Report of the Indian Hemp Drugs Commission, 1894-1895 - Volume VI
Year: 1894
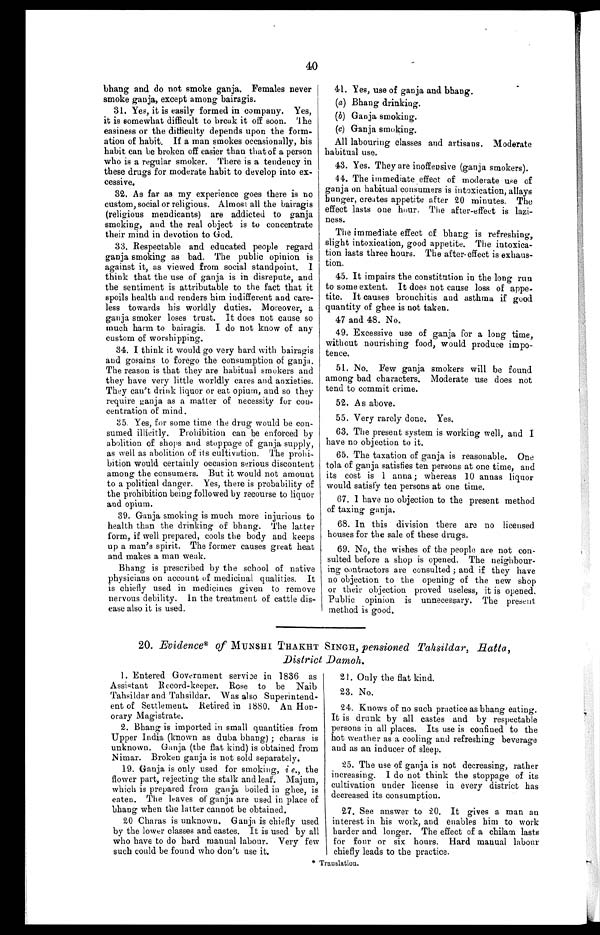
40
bhang and do not smoke ganja. Females never
smoke ganja, except among bairagis.
31. Yes, it is easily formed in company. Yes,
it is somewhat difficult to break it off soon. The
easiness or the difficulty depends upon the form
- a t i o n o f h a b i t . I f a m a n s m o k e s o c c a s i o n a l l y , h i s
habit can be broken off easier than that of a person
who is a regular smoker. There is a tendency in
these drugs for moderate habit to develop into ex
- c e s s i v e .
32. As far as my experience goes there is no
custom, social or religious. Almost all the bairagis
(religious mendicants) are addicted to ganja
smoking, and the real object is to concentrate
their mind in devotion to God.
33. Respectable and educated people regard
ganja smoking as bad. The public opinion is
against it, as viewed from social standpoint. I
think that the use of ganja is in disrepute, and
the sentiment is attributable to the fact that it
spoils health and renders him indifferent and care
-less towards his worldly duties. Moreover, a
ganja smoker loses trust. It does not cause so
much harm to bairagis.I do not know of any
custom of worshipping.
34. I think it would go very hard with bairagis
and gosains to forego the consumption of ganja.
The reason is that they are habitual smokers and
they have very little worldly cares and anxieties.
They can't drink liquor or eat opium, and so they
require ganja as a matter of necessity for con
-centration of mind.
35. Yes, for some time the drug would be con
- s u m e d i l l i c i t l y . P r o h i b i t i o n c a n b e e n f o r c e d b y
abolition of shops and stoppage of ganja supply,
as well as abolition of its cultivation. The prohi
- b i t i o n w o u l d c e r t a i n l y o c c a s i o n s e r i o u s d i s c o n t e n t
among the consumers. But it would not amount
to a political danger. Yes, there is probability of
the prohibition being followed by recourse to liquor
and opium.
39. Ganja smoking is much more injurious to
health than the drinking of bhang. The latter
form, if well prepared, cools the body and keeps
up a man's spirit. The former causes great heat
and makes a man weak.
Bhang is prescribed by the school of native
physicians on account of medicinal qualities. It
is chiefly used in medicines given to remove
nervous debility. In the treatment of cattle dis
-ease also it is used.
41. Yes, use of ganja and bhang.
(a) Bhang drinking.
(b) Ganja smoking.
(c) Ganja smoking.
All labouring classes and artisans. Moderate
habitual use.
43. Yes. They are inoffensive (ganja smokers).
44. The immediate effect of moderate use of
ganja on habitual consumers is intoxication, allays
hunger, creates appetite after 20 minutes. The
effect lasts one hour. The after-effect is lazi
- n e s s .
The immediate effect of bhang is refreshing,
slight intoxication, good appetite. The intoxica
-tion lasts three hours. The after-effect is exhaus
- t i o n .
45. It impairs the constitution in the long run
to some extent. It does not cause loss of appe
- t i t e . I t c a u s e s b r o n c h i t i s a n d a s t h m a i f g o o d
quantity of ghee is not taken.
47 and 48. No.
49. Excessive use of ganja for a long time,
without nourishing food, would produce impo
- t e n c e .
51. No. Few ganja smokers will be found
among bad characters. Moderate use does not
tend to commit crime.
52. As above.
55. Very rarely done. Yes.
63. The present system is working well, and I
have no objection to it.
65. The taxation of ganja is reasonable. One
tola of ganja satisfies ten persons at one time, and
its cost is 1 anna ; whereas 10 annas liquor
would satisfy ten persons at one time.
67. I have no objection to the present method
of taxing ganja.
68. In this division there are no licensed
houses for the sale of these drugs.
69. No, the wishes of the people are not con
-sulted before a shop is opened. The neighbour
- i n g c o n t r a c t o r s a r e c o n s u l t e d ; a n d i f t h e y h a v e
no objection to the opening of the new shop
or their objection proved useless, it is opened.
Public opinion is unnecessary. The present
method is good.
20. Evidence* of MUNSHI THAKHT SINGH, pensioned Tahsildar, Bata,
District Damoh.
I. Entered Government service in 1836 as
Assistant Record-keeper. Rose to be Naib
Tahsildar and Tahsildar. Was also Superintend
-ent of Settlement. Retired in 1880. An Hon
- o r a r y M a g i s t r a t e .
2. Bhang is imported in small quantities from
Upper India (known as duba bhang);charas is
unknown. Ganja (the flat kind) is obtained from
Nimar. Broken ganja is not sold separately.
19. Ganja is only used for smoking, i e., the
flower part, rejecting the stalk and leaf. Majum,
which is prepared from ganja boiled in ghee, is
eaten. The leaves of ganja are used in place of
bhang when the latter cannot be obtained.
20 Charas is unknown. Ganja is chiefly used
by the lower classes and castes. It is used by all
who have to do hard manual labour. Very few
such could be found who don't use it.
21. Only the fiat kind.
23. No.
24. Knows of no such practice as bhang eating.
It is drunk by all castes and by respectable
persons in all places. Its use is confined to the
hot weather as a cooling and refreshing beverage
and as an inducer of sleep.
25. The use of ganja is not decreasing, rather
increasing. I do not think the stoppage of its
cultivation under license in every district has
decreased its consumption.
27. See answer to 20. It gives a man an
interest in his work, and enables him to work
harder and longer. The effect of a chilam lasts
for four or six hours. Hard manual labour
chiefly leads to the practice.
* Translation.